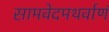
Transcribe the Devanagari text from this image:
सामवेदमथर्वाणं